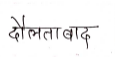
मजकूर: दौलताबाद